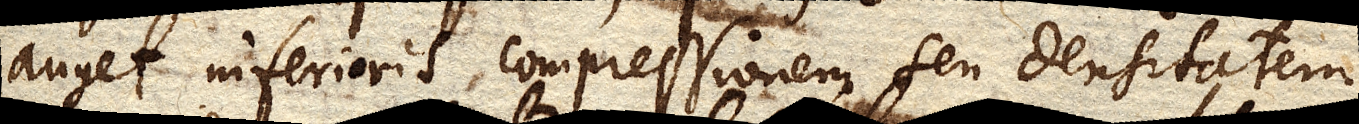
auget inferioris compressionem seu densitatem,